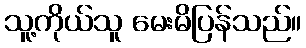
သူ့ကိုယ်သူ မေးမိပြန်သည်။